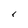
Character: r